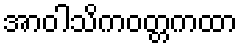
အာဝါသိကဝတ္တကထာ